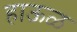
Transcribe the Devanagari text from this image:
हाऊळ